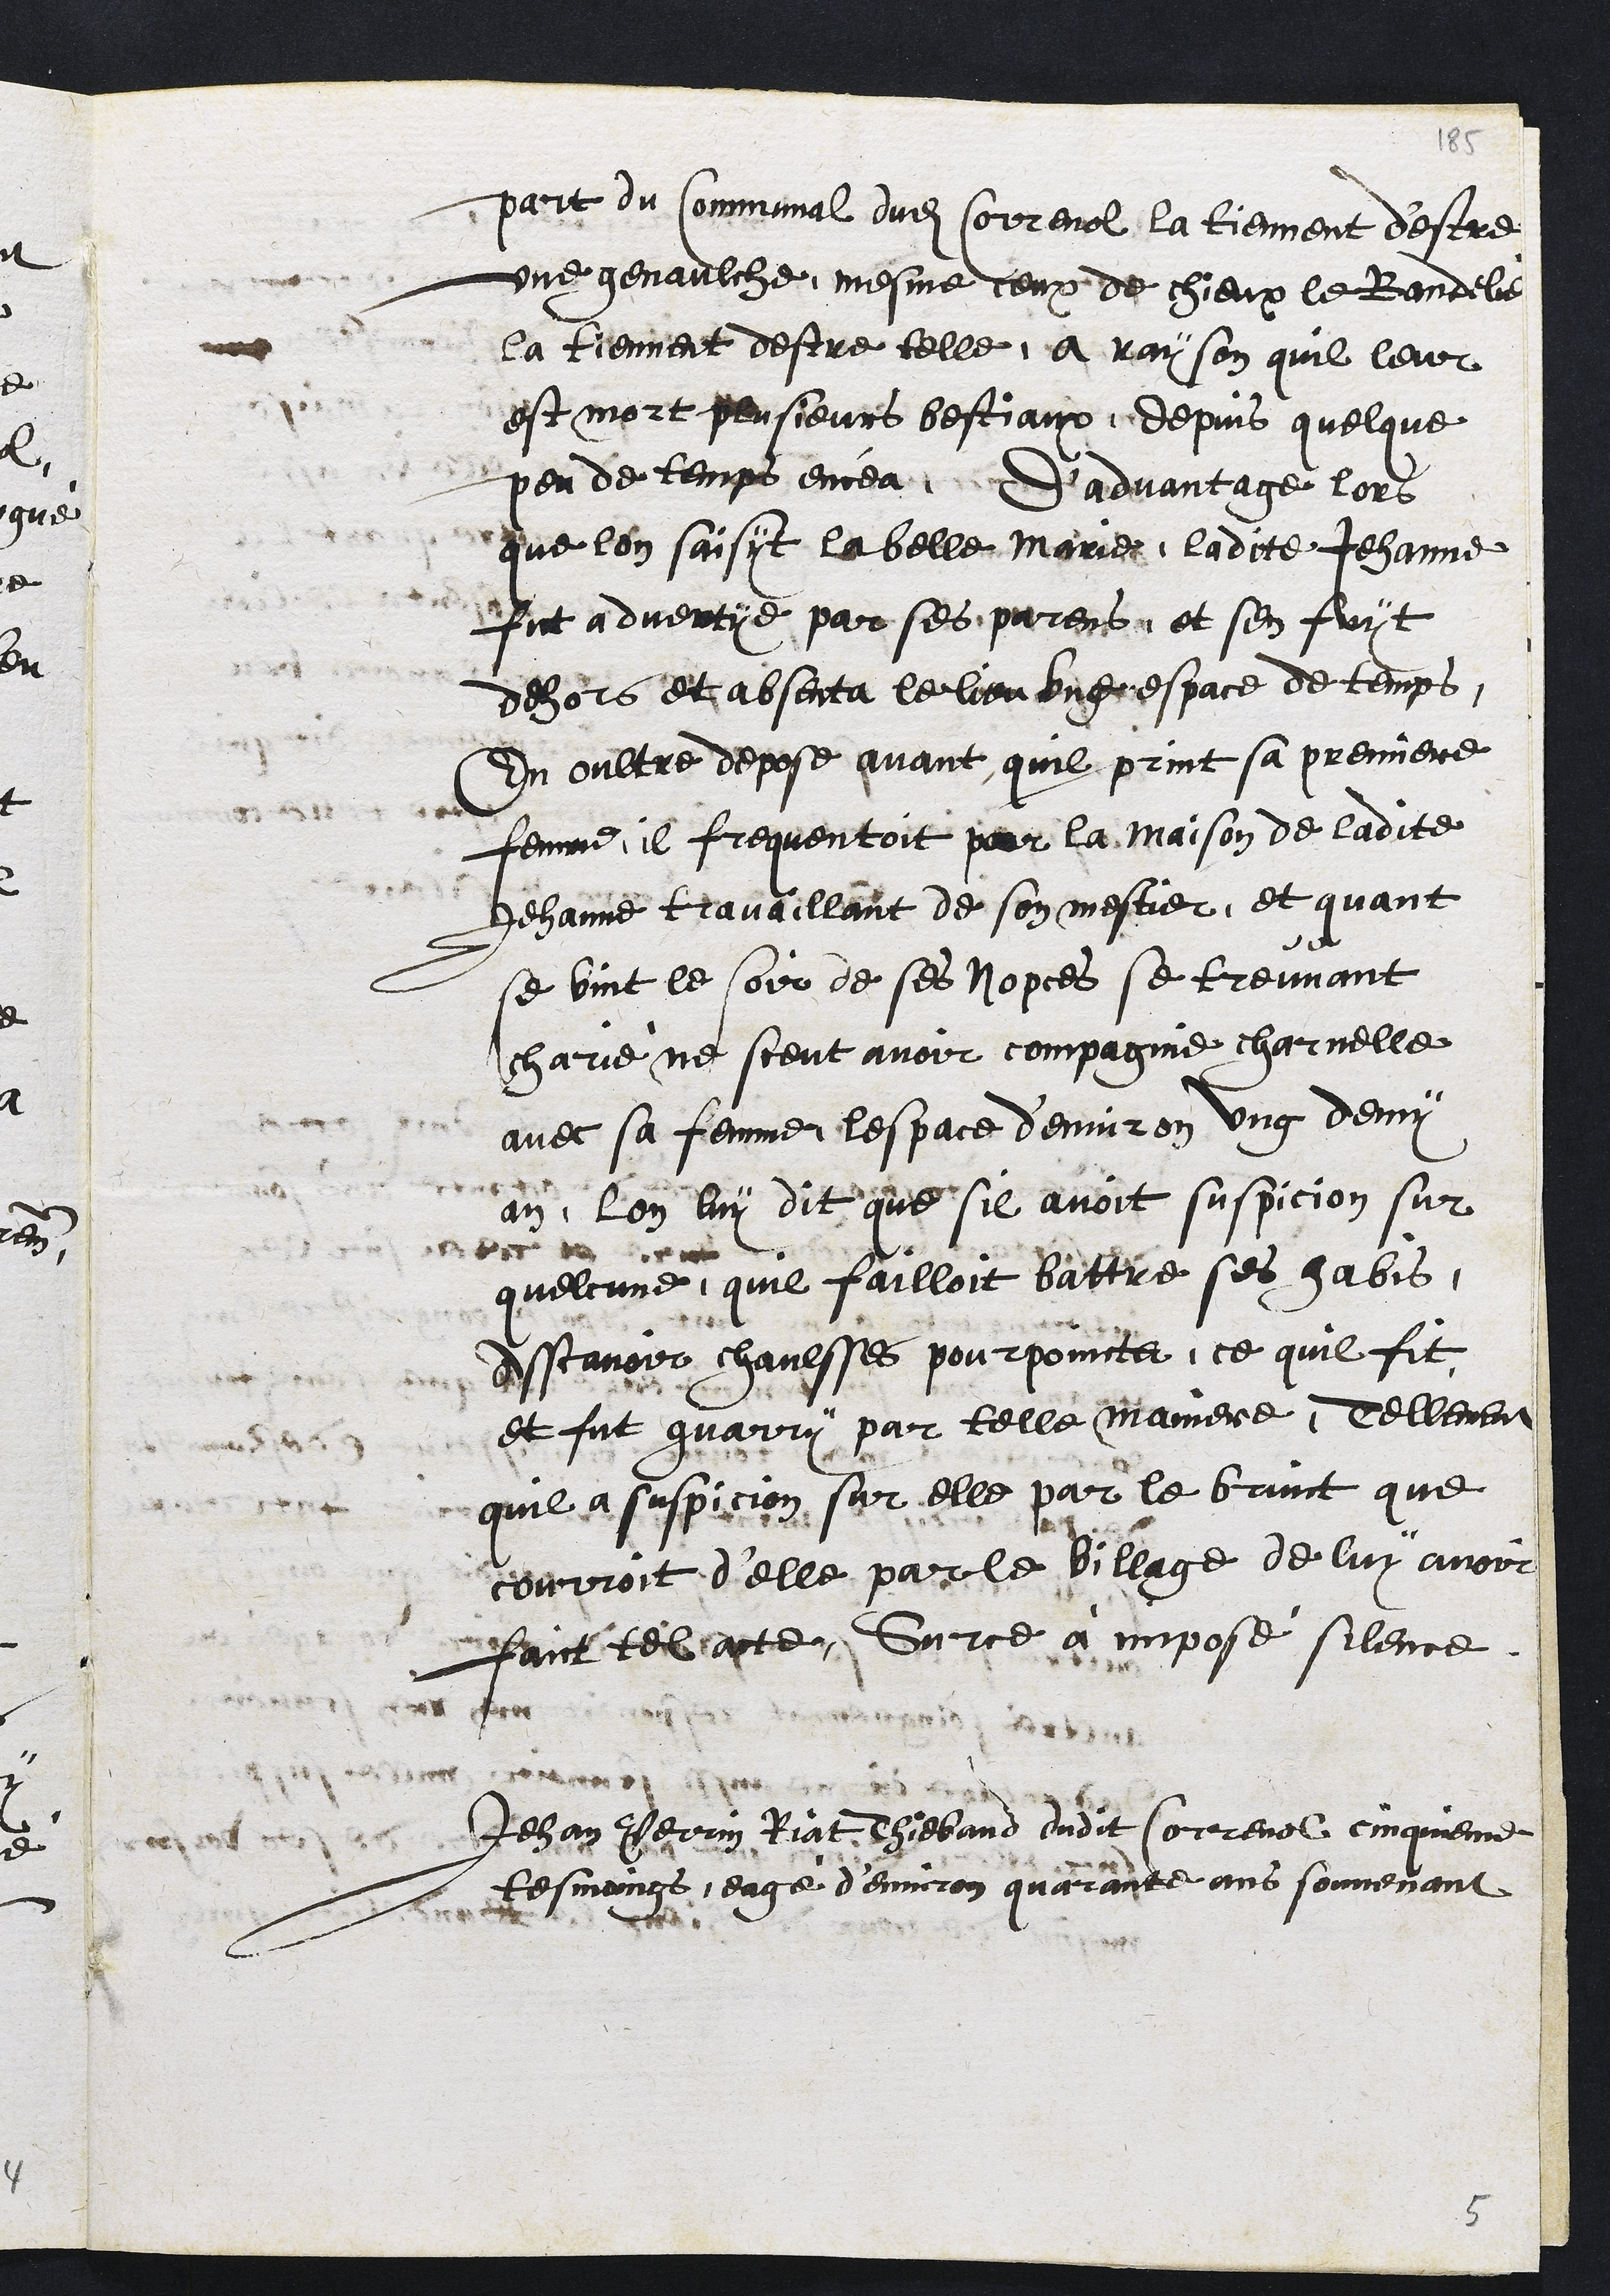
part du Communal dudit Correnol la tiennent d'estre
une genaulche, mesme ceux de chieux le Bandelier
la tiennent destre telle a rayson quil leur
est mort plusieurs bestiaux, depuis quelque
peu de temps encea. D'advantage lors
que lon saisyt la belle Marie, ladite Jehanne
fut advertye par ses parens et sen fuyt
dehors et absenta le lieu ung espace de temps
En oultre depose avant quil print sa premiere
femme il frequentoit par la maison de ladite
Jehanne travaillant de son mestier, et quant
se vint le soir de ses nopces se treuvant
charié ne sceut avoir compagnie charnelle
avec sa femme lespace d'environ ung demy
an, lon luy dit que sil avoit suspicion sur
quelcune, quil failloit battre ses habis,
Asscavoir chaulsses pourpoincts, ce quil fit
et fut guarry par telle maniere, Tellement
quil a suspicion sur elle par le bruict que
courroit d'elle par le village de luy avoir
faict tel acte, Surce à imposé silence
Jehan Perrin Riat Thiebaud dudit Correnol cinquieme
tesmoings, eagé d’environ quarante ans souvenant

5